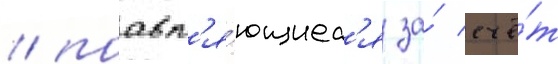
/ поавл'я́ющиес'я за́ счё́т